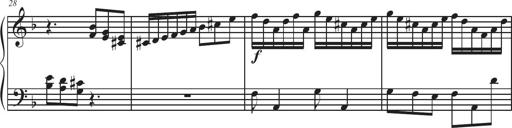
Title: Sonatina Espania
Composer: Jerald Franklin Archer
Key: Various